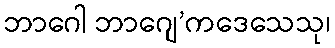
ဘာဂေါ ဘာဂျေ’ကဒေသေသု၊